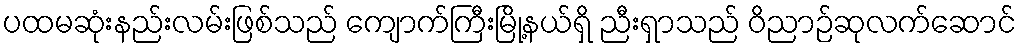
ပထမဆုံးနည်းလမ်းဖြစ်သည် ကျောက်ကြီးမြို့နယ်ရှိ ညီးရှာသည် ဝိညာဉ်ဆုလက်ဆောင်